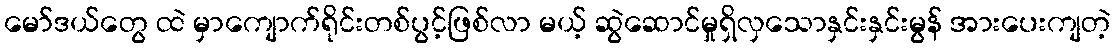
မော်ဒယ်တွေ ထဲ မှာကျောက်ရိုင်းတစ်ပွင့်ဖြစ်လာ မယ့် ဆွဲဆောင်မှုရှိလှသောနှင်းနှင်းမွန် အားပေးကျတဲ့